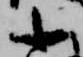
少